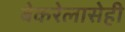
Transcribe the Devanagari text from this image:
बेकरेलासेही